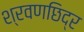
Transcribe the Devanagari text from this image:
श्रवणछिद्र